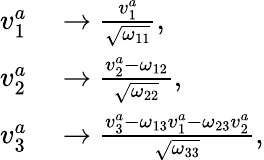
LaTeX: \begin{array}{rl}{v_{1}^{a}}&{{}\rightarrow\frac{v_{1}^{a}}{\sqrt{\omega_{11}}},}\\ {v_{2}^{a}}&{{}\rightarrow\frac{v_{2}^{a}-\omega_{12}}{\sqrt{\omega_{22}}},}\\ {v_{3}^{a}}&{{}\rightarrow\frac{v_{3}^{a}-\omega_{13}v_{1}^{a}-\omega_{23}v_{2}^{a}}{\sqrt{\omega_{33}}},}\end{array}